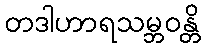
တဒါဟာရသမ္ဘဝန္တိ